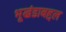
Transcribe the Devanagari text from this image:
भूखंडाबद्दल